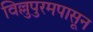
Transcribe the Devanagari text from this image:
विल्लुपुरमपासून